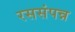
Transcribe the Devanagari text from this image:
रससंपन्न